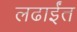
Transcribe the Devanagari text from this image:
लढाईंत